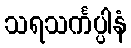
သရသင်္ကပ္ပါနံ